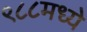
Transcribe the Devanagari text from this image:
९८८मध्ये